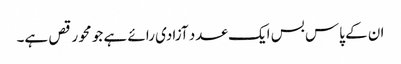
ان کے پاس بس ایک عدد آزادی رائے ہے جو محو رقص ہے۔